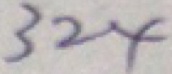
3 2 4